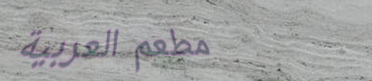
مطعم العربية